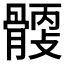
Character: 𩩹